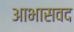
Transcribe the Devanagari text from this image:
आभासवद